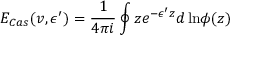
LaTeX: E _ { C a s } ( v , \epsilon ^ { \prime } ) = \frac { 1 } { 4 \pi i } \oint z e ^ { - \epsilon ^ { \prime } z } d \, \mathrm { l n } \phi ( z )